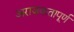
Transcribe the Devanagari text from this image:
अराजकतापूर्ण